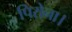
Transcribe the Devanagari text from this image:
पिरोना।